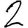
Digit: 2